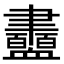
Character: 衋